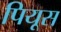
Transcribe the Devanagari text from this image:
पियूस